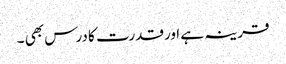
قرینہ ہے اورقدرت کا درس بھی ۔